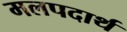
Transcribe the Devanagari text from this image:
मलपदार्थ